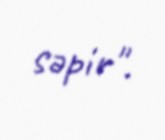
səpir".